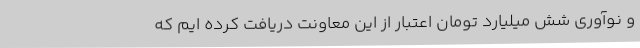
و نوآوری شش میلیارد تومان اعتبار از این معاونت دریافت کرده ایم که